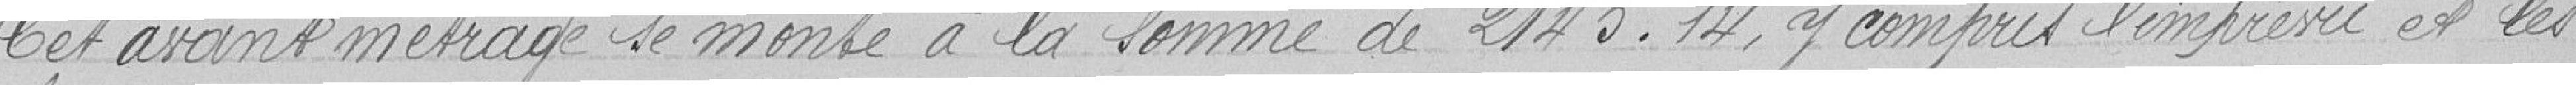
Cet avant métrage se monte à la somme de 2145,14 francs, y compris l'imprévu et les